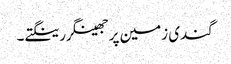
گندی زمین پر جھینگر رینگتے۔